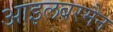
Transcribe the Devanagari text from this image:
आइलबरमैन